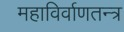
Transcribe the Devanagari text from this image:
महाविर्वाणतन्त्र